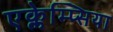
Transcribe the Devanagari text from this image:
एक्लेम्प्सिया